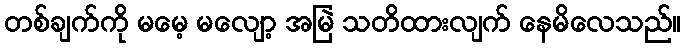
တစ်ချက်ကို မမေ့ မလျော့ အမြဲ သတိထားလျက် နေမိလေသည်။